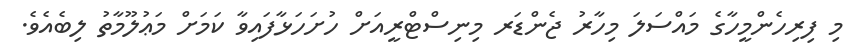
މި ފިރިހެންމީހާގެ މައްސަލަ މިހާރު ޖެންޑަރ މިނިސްޓްރީއަށް ހުށަހަޅާފައިވާ ކަމަށް މަޢުލޫމާތު ލިބެއެވެ.